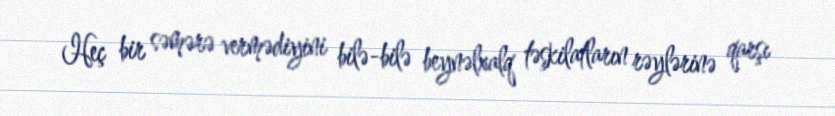
Heç bir səmərə vermədiyini bilə-bilə beynəlxalq təşkilatların rəylərinə qarşı